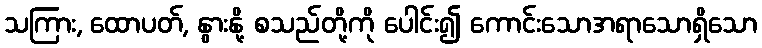
သကြား, ထောပတ်, နွားနို့ စသည်တို့ကို ပေါင်း၍ ကောင်းသောအရာသောရှိသော